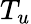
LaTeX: T_{u}